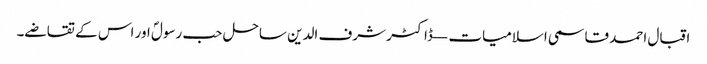
اقبال احمد قاسمی اسلامیات — ڈاکٹر شرف الدین ساحل حب رسولؐ اور اس کے تقاضے۔